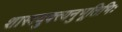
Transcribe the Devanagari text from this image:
शास्त्रयुक्त्यनुभूतिभिः